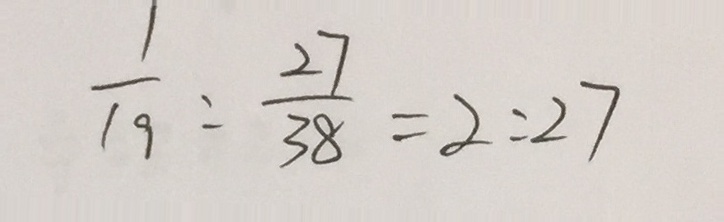
\frac { 1 } { 1 9 } : \frac { 2 7 } { 3 8 } = 2 : 2 7